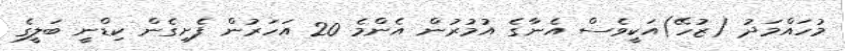
މުހައްމަދު (ޒުހޭ)އަކީވެސް އެނާގެ އުމުރުން އެންމެ 20 އަހަރުން ފެށިގެން ކިޑްނީ ބަލީގެ